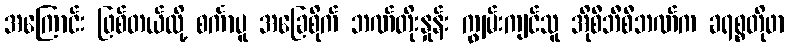
အကြောင်း ဖြစ်တယ်လို့ စင်္ကာပူ အခြေစိုက် ဘဏ်တိုးနှုန်း ကျွမ်းကျင်သူ အိုစီဘီစီဘဏ်က ခရစ္စတိုဖာ